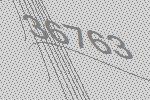
36763